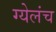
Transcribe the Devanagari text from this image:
ग्येलंच